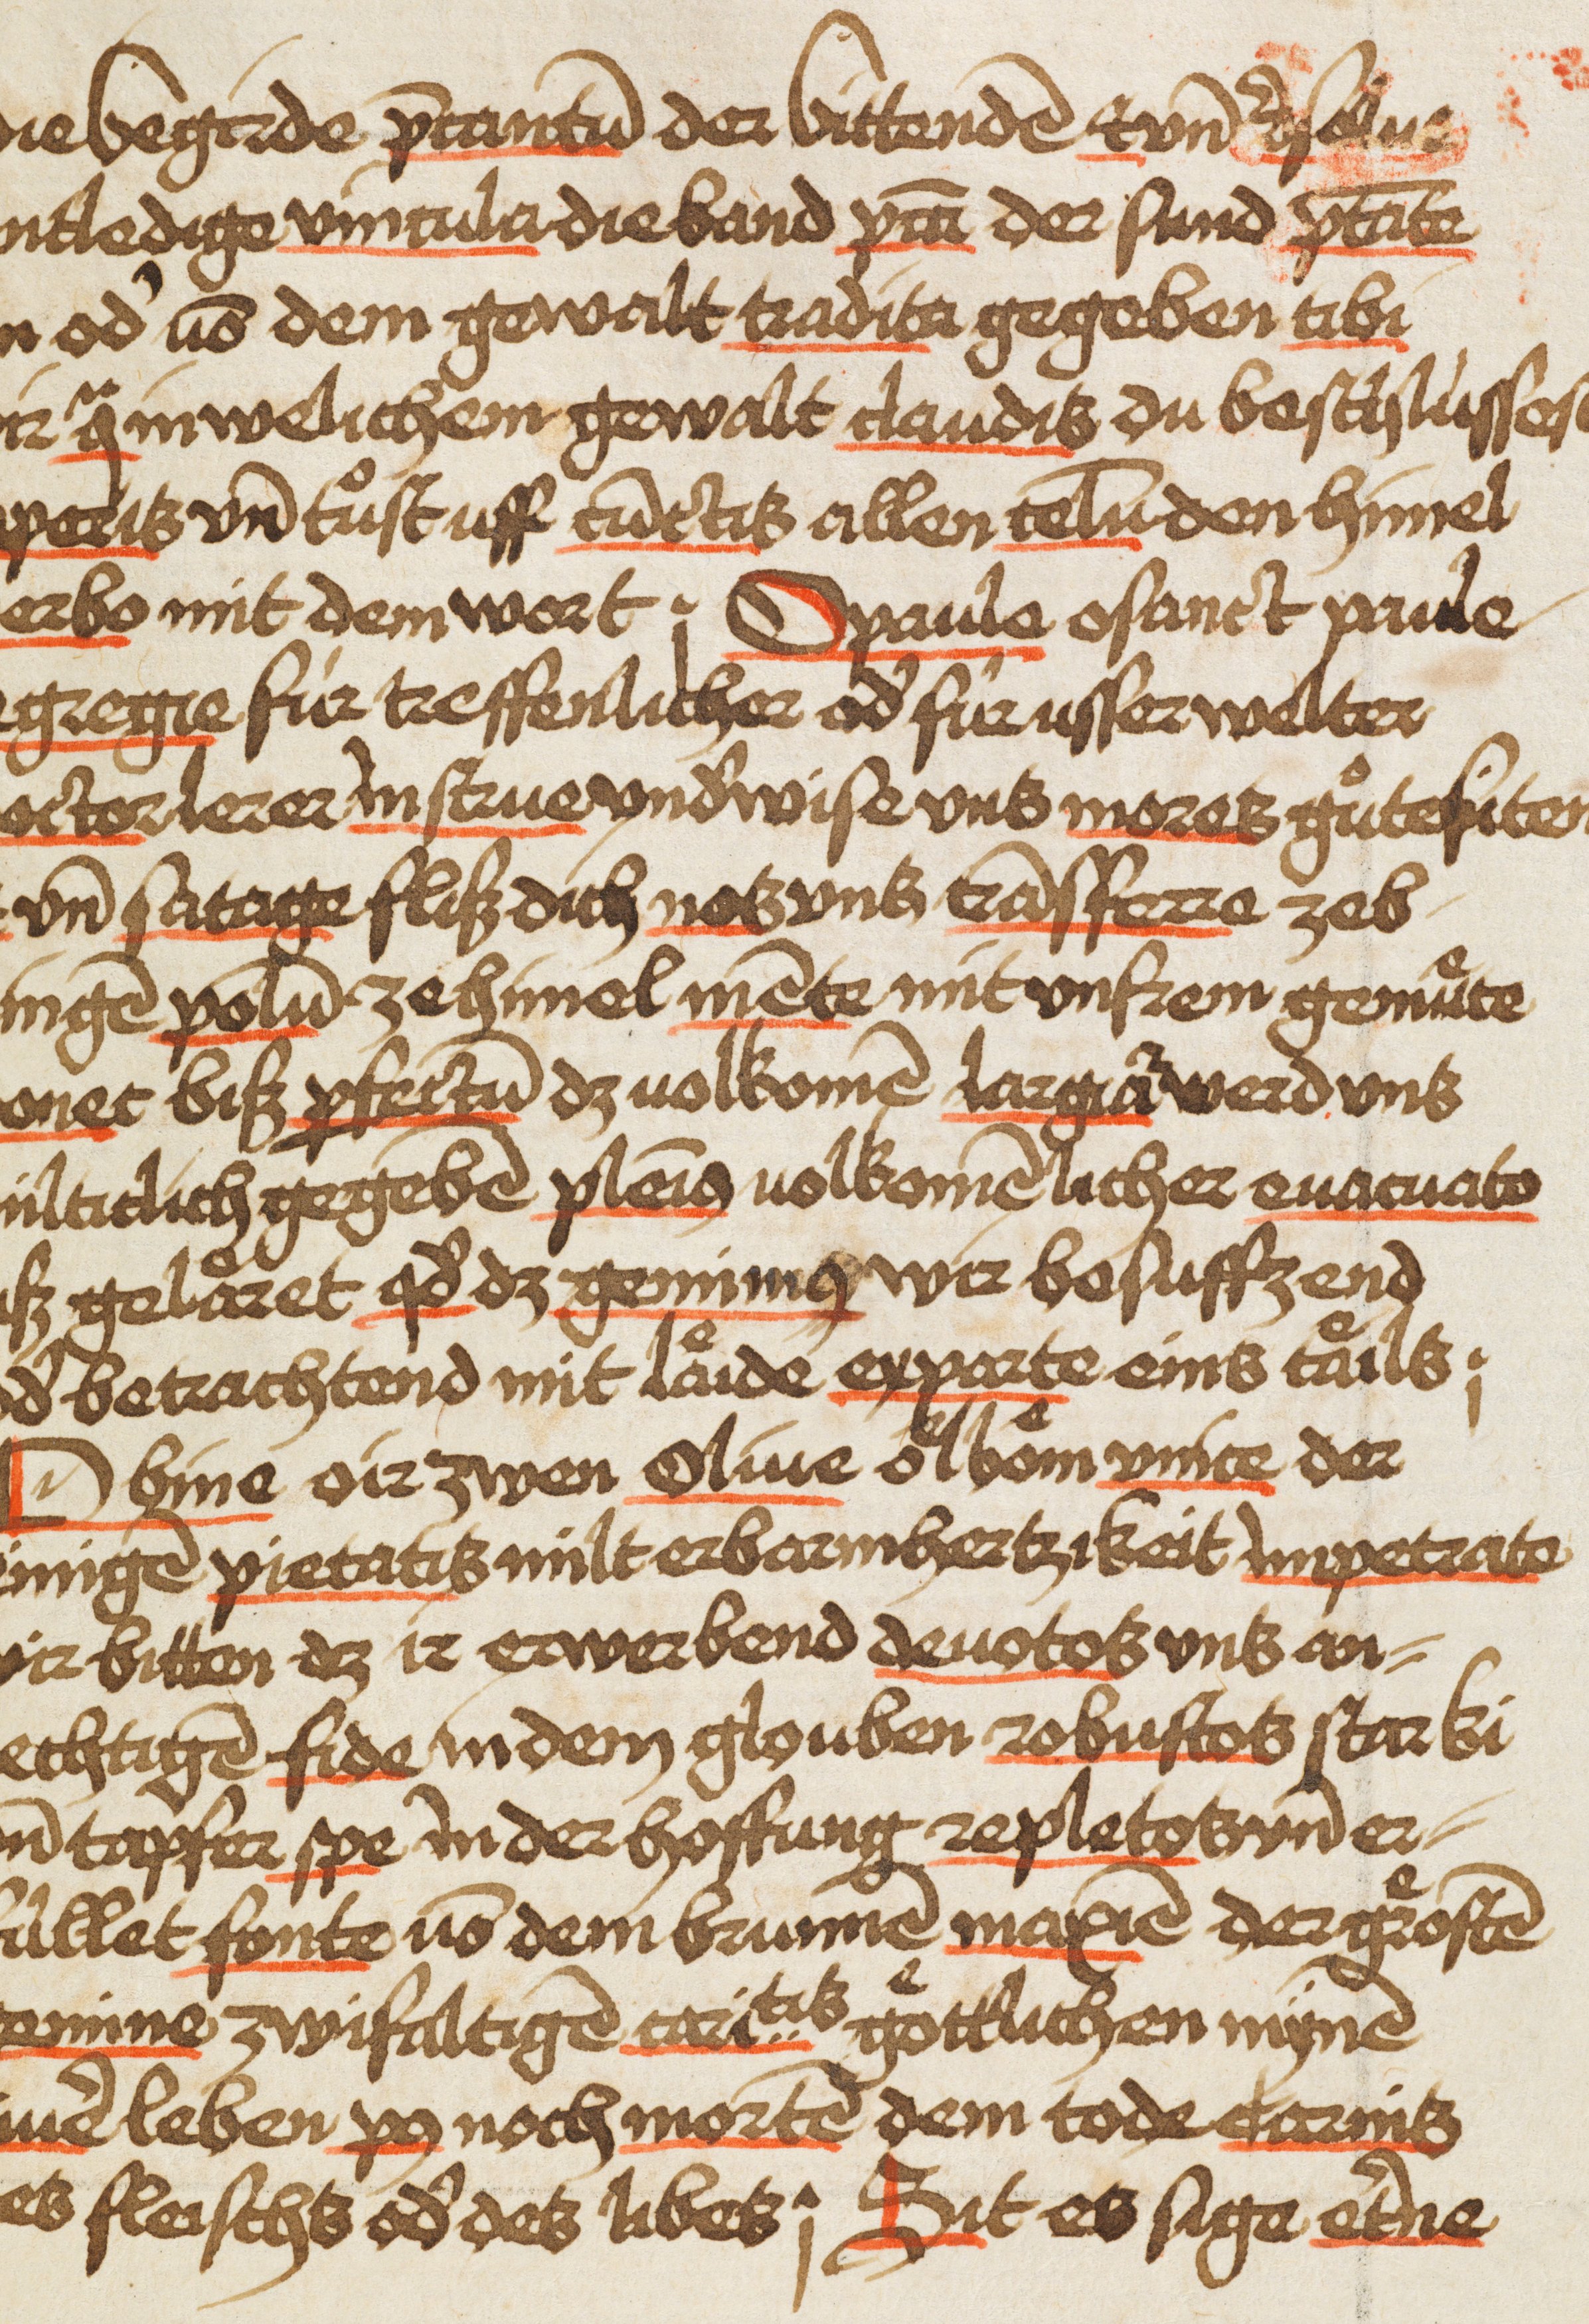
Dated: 1480–1480